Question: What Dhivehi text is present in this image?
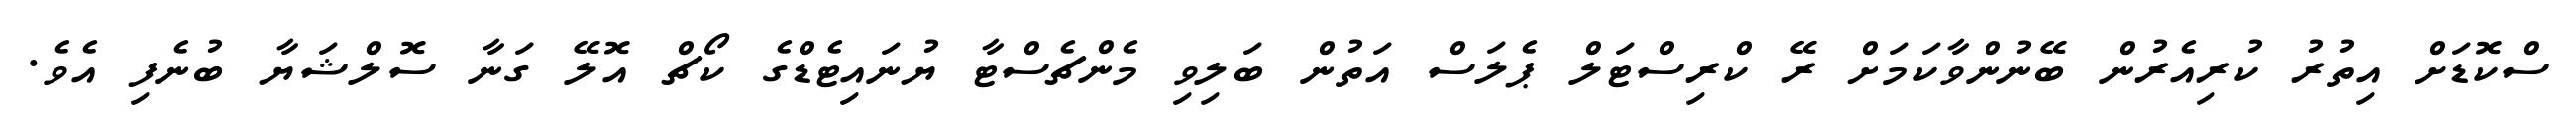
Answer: ސްކޮޑަށް އިތުރު ކުރިއެރުން ބޭނުންވާކަމަށް ރޭ ކްރިސްޓަލް ޕެލަސް އަތުން ބަލިވި މެންޗެސްޓާ ޔުނައިޓެޑްގެ ކޯޗް އޮލޭ ގަނާ ސޮލްޝަޔާ ބުނެފި އެވެ.